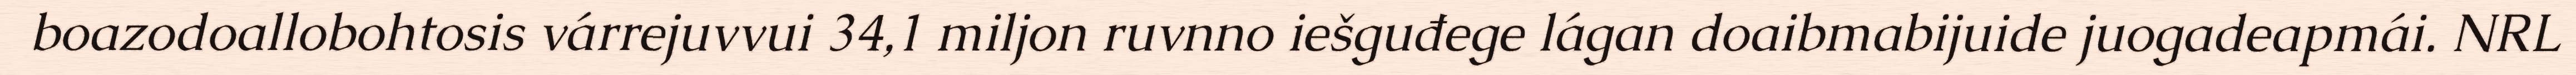
boazodoallobohtosis várrejuvvui 34,1 miljon ruvnno iešguđege lágan doaibmabijuide juogadeapmái. NRL